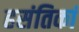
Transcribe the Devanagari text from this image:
हसंतिकां